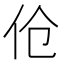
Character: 伧